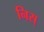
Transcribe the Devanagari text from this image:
निस्